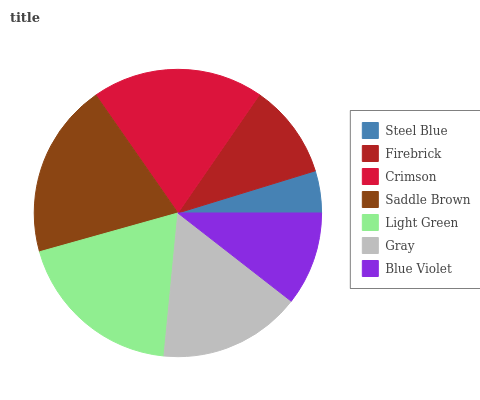
| Steel Blue | Firebrick | Crimson | Saddle Brown | Light Green | Gray | Blue Violet |
 | --- | --- | --- | --- | --- | --- | --- |
 | 4.74% | 10.7% | 19.2% | 19.7% | 19.1% | 16.1% | 10.5% |